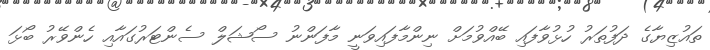
ތައުޒިޔާގެ ދަފުތަރު ހުޅުވާފައި ބޭއްވުމަށް ނިންމާފައިވަނީ މާފަންނު ސޯޝަލް ސެންޓަރުގައާއި ހެންވޭރު ބޯޅަ